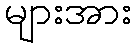
များအား